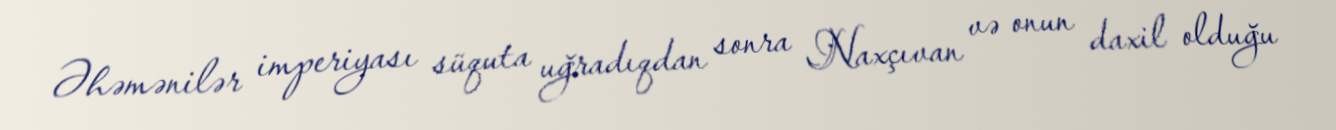
Əhəmənilər imperiyası süquta uğradıqdan sonra Naxçıvan və onun daxil olduğu